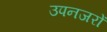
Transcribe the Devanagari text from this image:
उपनजरों